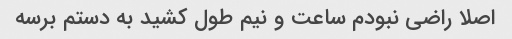
اصلا راضی نبودم ساعت و نیم طول کشید به دستم برسه